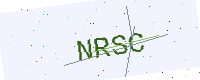
Text: NRSC